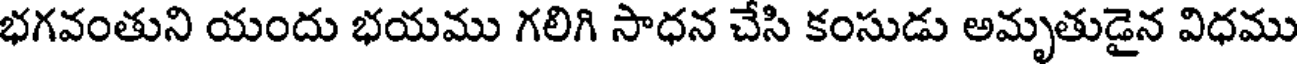
భగవంతుని యందు భయము గలిగి సాధన చేసి కంసుడు అమృతుడైన విధము